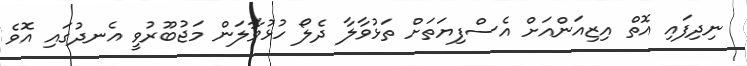
ނިދިފައި އޮތް އިޒިއަންއަށް އެސްފިޔަތަށް ތަޅުވާލާ ދެލޯ ހުޅުވާލަން މަޖުބޫރުވީ އެނދުގައި އޮވެ